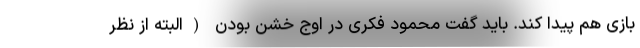
بازی هم پیدا کند. باید گفت محمود فکری در اوج خشن بودن (البته از نظر